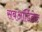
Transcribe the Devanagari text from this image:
सबऑर्डिनेट